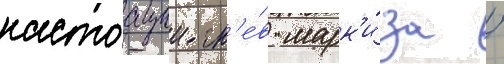
настоащии гн'е́в марк'и́за /